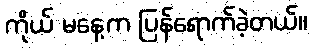
ကိုယ် မနေ့က ပြန်ရောက်ခဲ့တယ်။